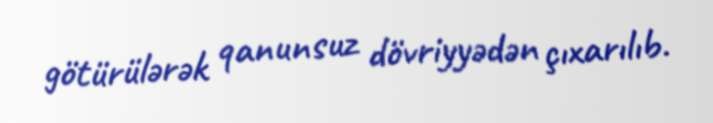
götürülərək qanunsuz dövriyyədən çıxarılıb.